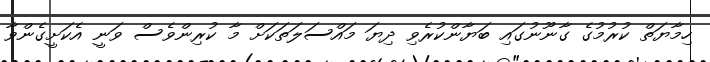
ހިމާޔަތް ކުރުމުގެ ގާނޫނުގައި ބަޔާންކުރެވި ދިޔަ މައްސަލަތަކަށް މާ ކުރިންވެސް ވަނީ އެކަށީގެންވާ